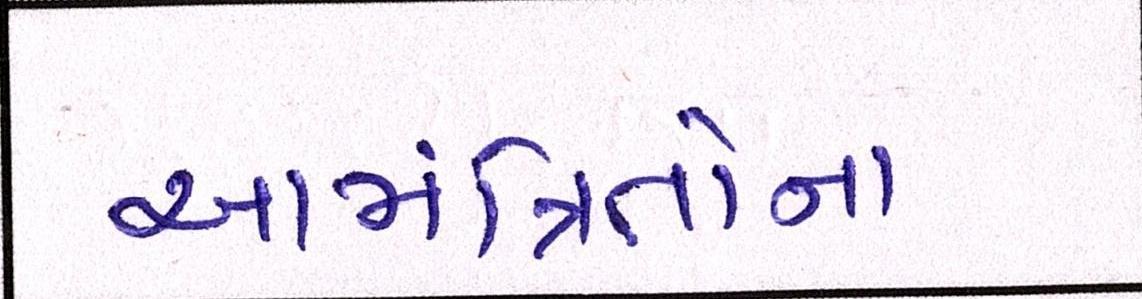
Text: આમંત્રિતોના